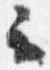
云